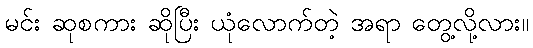
မင်း ဆုစကား ဆိုပြီး ယုံလောက်တဲ့ အရာ တွေ့လို့လား။